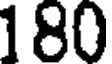
180